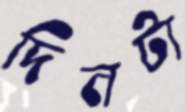
দিনটা